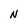
Character: N